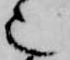
也